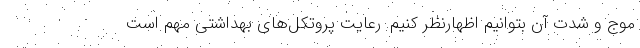
موج و شدت آن بتوانیم اظهارنظر کنیم. رعایت پروتکل‌های بهداشتی مهم است